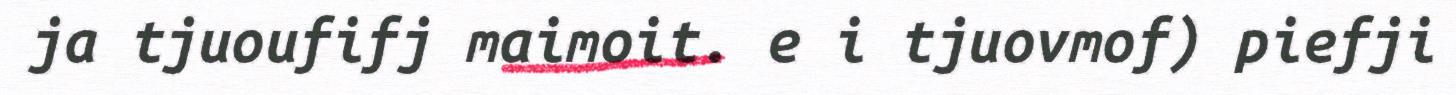
ja tjuoufifj maimoit. e i tjuovmof) piefji